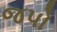
જપો